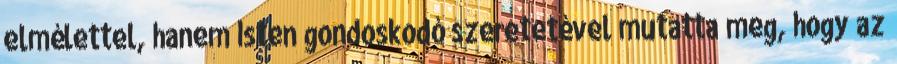
elmélettel, hanem Isten gondoskodó szeretetével mutatta meg, hogy az